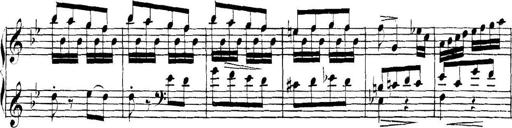
Title: Collected Piano Sonatas
Composer: Muzio Clementi